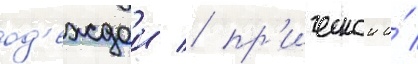
од'еждои / пр'ическои и́